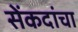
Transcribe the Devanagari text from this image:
सेंकदांचा